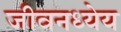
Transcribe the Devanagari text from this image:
जीवनध्येय